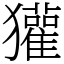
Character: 獾